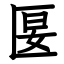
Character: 匽